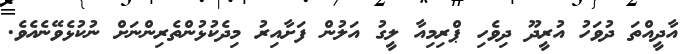
އާދީއްތަ ދުވަހު އުރީދޫ ދިވެހި ޕްރިމިއާ ލީގު އަލުން ފަށާއިރު މިދެކުޅުންތެރިންނަށް ނުކުޅެވޭނެއެވެ.